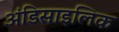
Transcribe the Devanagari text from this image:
अंडिसाइलिक